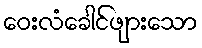
ဝေးလံခေါင်ဖျားသော